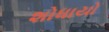
શોધાયો